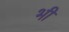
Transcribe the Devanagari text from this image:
भी